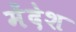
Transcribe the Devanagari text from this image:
मेंदेश